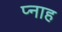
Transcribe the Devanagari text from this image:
प्नाह